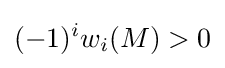
(-1)^{i}w_{i}(M)>0